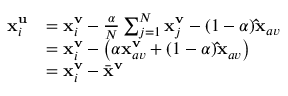
\begin{array} { r l } { \mathbf { x } _ { i } ^ { \mathbf { u } } } & { = \mathbf { x } _ { i } ^ { \mathbf { v } } - \frac { \alpha } { N } \sum _ { j = 1 } ^ { N } \mathbf { x } _ { j } ^ { \mathbf { v } } - ( 1 - \alpha ) \mathbf { \hat { x } } _ { a v } } \\ & { = \mathbf { x } _ { i } ^ { \mathbf { v } } - \left( \alpha \mathbf { x } _ { a v } ^ { \mathbf { v } } + ( 1 - \alpha ) \mathbf { \hat { x } } _ { a v } \right) } \\ & { = \mathbf { x } _ { i } ^ { \mathbf { v } } - \bar { \mathbf { x } } ^ { \mathbf { v } } } \end{array}